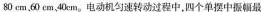
80cm、60cm、40cm。电动机匀速转动过程中，四个单据中振最